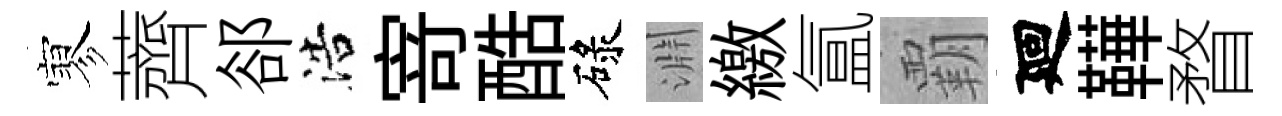
寥薺郤浩𭔃酷碌淵繳氲覇廻鞾瞀